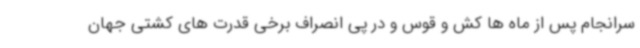
سرانجام پس از ماه ها کش و قوس و در پی انصراف برخی قدرت های کشتی جهان